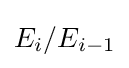
E_{i}/E_{i-1}